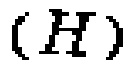
\((H)\)